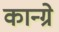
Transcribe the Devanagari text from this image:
कान्ग्रे